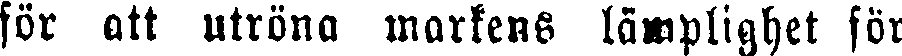
för att utröna markens lämplighet för